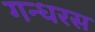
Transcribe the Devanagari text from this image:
गन्धरस